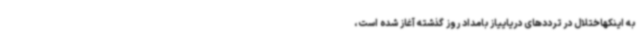
به اینکهاختلال در ترددهای دریاییاز بامداد روز گذشته آغاز شده است،